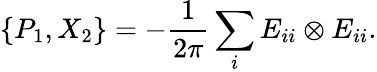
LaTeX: \{ P_{1},X_{2}\} =-\frac{1}{2\pi}\sum_{i}E_{ii}\otimes E_{ii}.